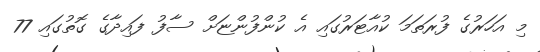
މި އަހަރުގެ ފުރަތަމަ ކުއާޓަރުގައި އެ ކުންފުންޏަށް ސާފު ފައިދާގެ ގޮތުގައި 77